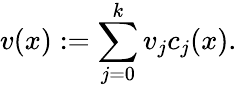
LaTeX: v(x):=\sum_{j=0}^{k}v_{j}c_{j}(x).